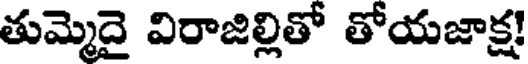
తుమ్మెదై విరాజిల్లితో తోయజాక్ష!